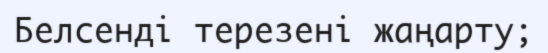
Белсенді терезені жаңарту;